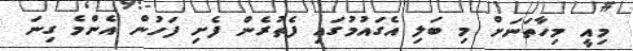
މިއީ މިހާތަނަށް މި ބަލި އެގައުމުގައި ފެތުރެން ފެށި ފަހުން އެންމެ ގިނަ